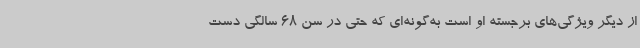
از دیگر ویژگی‌های برجسته او است به‌گونه‌ای که حتی در سن 68 سالگی دست